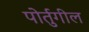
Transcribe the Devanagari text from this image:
पोर्तुगील